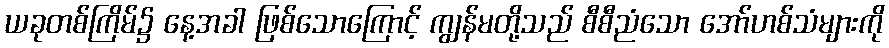
ယခုတစ်ကြိမ်၌ နေ့အခါ ဖြစ်သောကြောင့် ကျွန်မတို့သည် စီစီညံသော အော်ဟစ်သံများကို